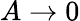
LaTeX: A\rightarrow 0